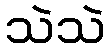
သဲသဲ